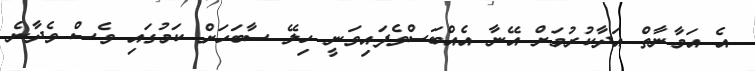
އެ އަމާނާތް އަދާކުރުމަށް އޭނާ އެއްބަސްވެފައިވަނީ ހިލޭ ސާބަހަށް ކަމުގައި ވެސް ވެދާނެ